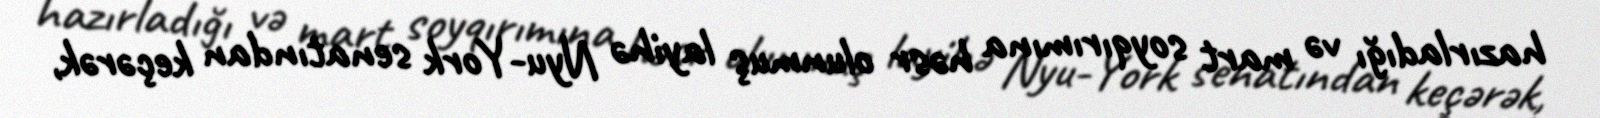
hazırladığı və mart soyqırımına həsr olunmuş layihə Nyu-York senatından keçərək,